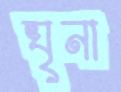
ঘৃনা